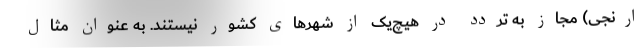
ارنجی) مجاز به تردد در هیچ‌یک از شهرهای کشور نیستند. به عنوان مثال